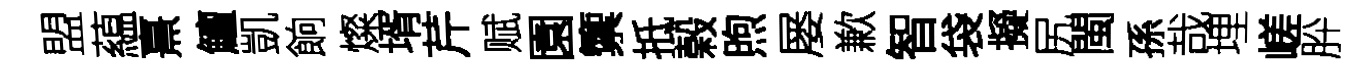
盟藴熹鱣凱餉燦壻芹赋園籞抵榖煦屡歉智袋擬尻閩孫哉埋嵯肸